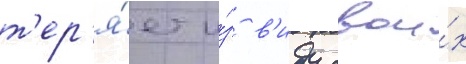
т'ер'я́ет и́з в'иду свои́х